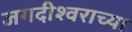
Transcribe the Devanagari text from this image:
जगदीश्‍वराच्या